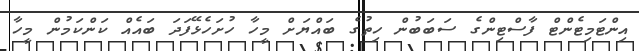
އިންޓަމިޓެންޓް ފާސްޓިންގެ ސަބަބުން ހިތުގެ ބައްޔަށް މީހާ ހުށަހެޅޭފަދަ ބައެއް ކަންކަމުން މީހާ